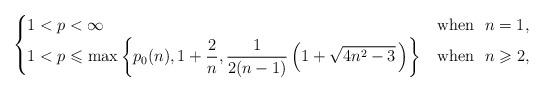
LaTeX: \begin{align*}\begin{cases}1<p<\infty&\mbox{when}\ \ n=1,\\\displaystyle{1<p\leqslant \max\left\{p_0(n),1+\frac{2}{n},\frac{1}{2(n-1)}\left(1+\sqrt{4n^2-3}\,\right)\right\}}&\mbox{when}\ \ n\geqslant 2,\end{cases}\end{align*}